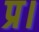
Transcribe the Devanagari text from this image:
प्र।